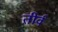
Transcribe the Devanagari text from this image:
तीर्व